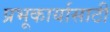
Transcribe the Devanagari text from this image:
प्रभूकार्यासाठी